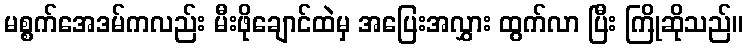
မစ္စက်အေဒမ်ကလည်း မီးဖိုချောင်ထဲမှ အပြေးအလွှား ထွက်လာ ပြီး ကြိုဆိုသည်။